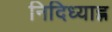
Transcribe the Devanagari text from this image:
निदिध्याह्न